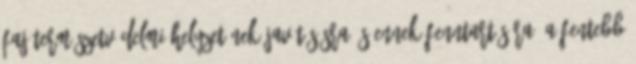
faj természetvédelmi helyzetének javításásra és ennek fenntartására. A fentebb